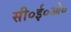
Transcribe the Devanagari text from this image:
सी०ई०ओ०